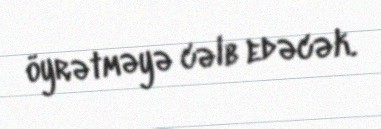
öyrətməyə cəlb edəcək.